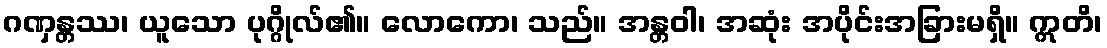
ဂဏှန္တဿ၊ ယူသော ပုဂ္ဂိုလ်၏။ လောကော၊ သည်။ အန္တဝါ၊ အဆုံး အပိုင်းအခြားမရှိ။ ဣတိ၊